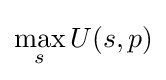
\max _{s}U(s,p)